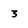
Character: 3